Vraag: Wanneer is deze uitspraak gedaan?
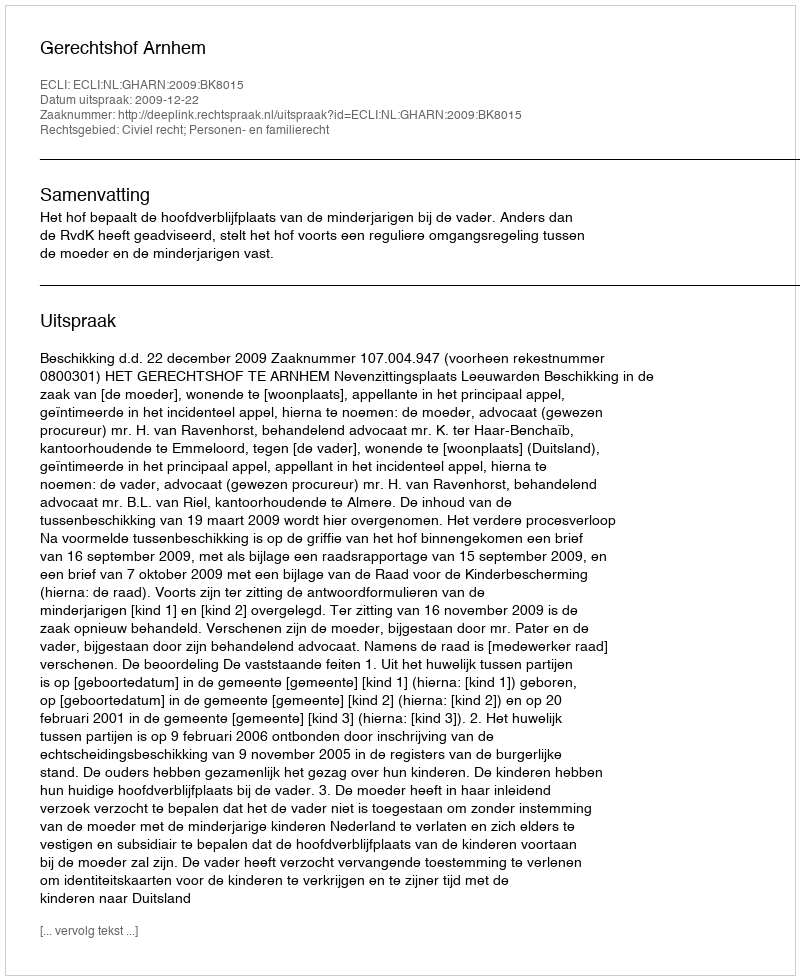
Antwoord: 2009-12-22